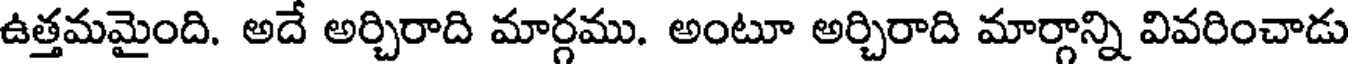
ఉత్తమమైంది. అదే అర్చిరాది మార్గము. అంటూ అర్చిరాది మార్గాన్ని వివరించాడు